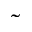
\tilde { }